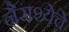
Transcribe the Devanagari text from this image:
नैराश्येचे